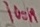
Text: 100n